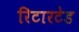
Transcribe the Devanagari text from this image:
रिटारटेड